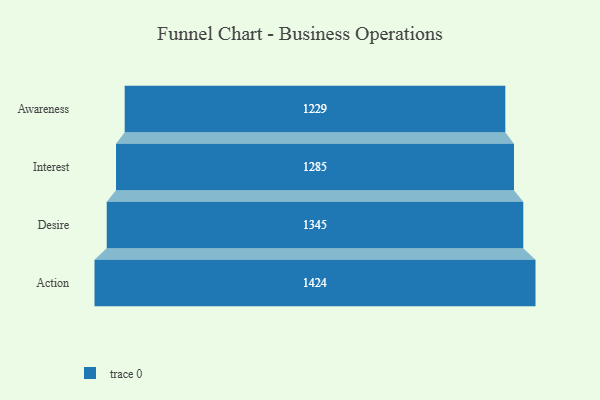
{"axis": {"x": "Stage", "y": "Value"}, "legend": [""], "data": [{"x": "Awareness", "y": 1229.0, "type": ""}, {"x": "Interest", "y": 1285.0, "type": ""}, {"x": "Desire", "y": 1345.0, "type": ""}, {"x": "Action", "y": 1424.0, "type": ""}]}